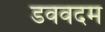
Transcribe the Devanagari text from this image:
डववदम